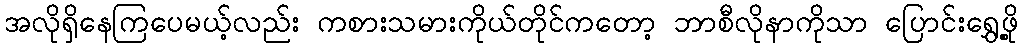
အလိုရှိနေကြပေမယ့်လည်း ကစားသမားကိုယ်တိုင်ကတော့ ဘာစီလိုနာကိုသာ ပြောင်းရွှေ့ဖို့